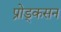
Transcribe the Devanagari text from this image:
प्रोड्कसन